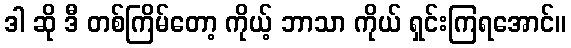
ဒါ ဆို ဒီ တစ်ကြိမ်တော့ ကိုယ့် ဘာသာ ကိုယ် ရှင်းကြရအောင်။